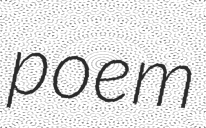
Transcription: poem